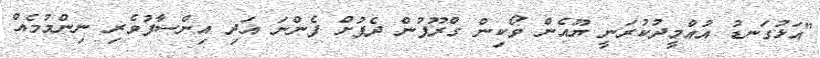
"އަޅުގަނޑު އުއްމީދުކުރަނީ ޔޫއެން ވޯކިން ގްރޫޕުން ދެފުށް ފެންނަ އަދި އިންސާފުވެރި ނިންމުމެއް